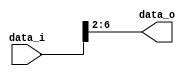
/*
 * Copyright (c) 2023-2024 C*Core Technology Co.,Ltd,Suzhou.
 * Ventus-RTL is licensed under Mulan PSL v2.
 * You can use this software according to the terms and conditions of the Mulan PSL v2.
 * You may obtain a copy of Mulan PSL v2 at:
 *          http://license.coscl.org.cn/MulanPSL2
 * THIS SOFTWARE IS PROVIDED ON AN "AS IS" BASIS, WITHOUT WARRANTIES OF ANY KIND,
 * EITHER EXPRESS OR IMPLIED, INCLUDING BUT NOT LIMITED TO NON-INFRINGEMENT,
 * MERCHANTABILITY OR FIT FOR A PARTICULAR PURPOSE.
 * See the Mulan PSL v2 for more details. */
// Description:Get set id
`timescale 1ns/1ns

module get_setid #(
  parameter DATA_WIDTH       = 32,
  parameter XLEN             = 32,
  parameter SETIDXBITS       = 5 ,
  parameter BLOCK_OFFSETBITS = 1 ,
  parameter WORD_OFFSETBITS  = 1 ,
  parameter BA_BITS          = 6   
  )
  (
  input  [DATA_WIDTH-1:0] data_i,
  output [SETIDXBITS-1:0] data_o
  );

  assign data_o = (DATA_WIDTH == XLEN) ? data_i[SETIDXBITS+BLOCK_OFFSETBITS+WORD_OFFSETBITS-1:BLOCK_OFFSETBITS+WORD_OFFSETBITS] : 
                  ((DATA_WIDTH == BA_BITS) ? data_i[SETIDXBITS-1:0] : {DATA_WIDTH{1'h1}});
endmodule